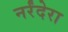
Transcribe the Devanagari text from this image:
नर्रंदेरा